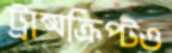
ট্রান্সক্রিপ্টও